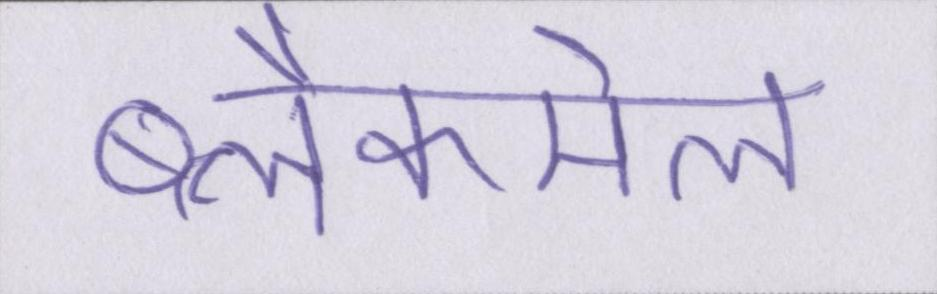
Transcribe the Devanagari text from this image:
ब्लैकमेल